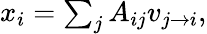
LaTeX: \begin{array}{r}{x_{i}=\sum_{j}A_{ij}v_{j\rightarrow i},}\end{array}